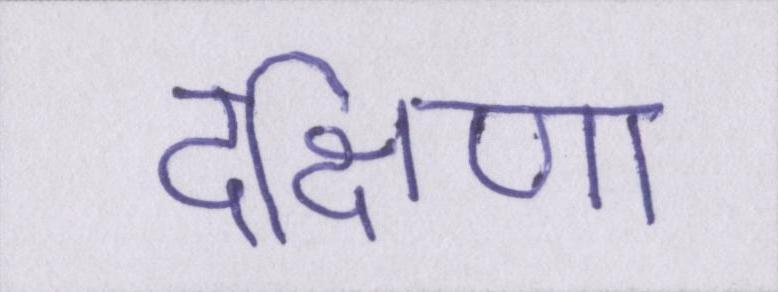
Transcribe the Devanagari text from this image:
दक्षिणा